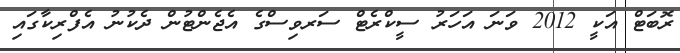
ރޮބަޓް އަކީ 2012 ވަނަ އަހަރު ސީކްރެޓް ސަރވިސްގެ އެޖެންޓުން ދެކުނު އެފްރިކާގައި